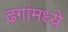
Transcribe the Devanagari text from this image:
ढगांमध्ये